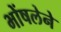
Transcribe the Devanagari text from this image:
भोंषलेने